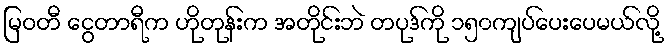
မြဝတီ ငွေတာရီက ဟိုတုန်းက အတိုင်းဘဲ တပုဒ်ကို ၁၅၀ကျပ်ပေးပေမယ်လို့